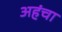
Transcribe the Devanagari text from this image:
अहंचा